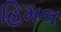
હિમલ